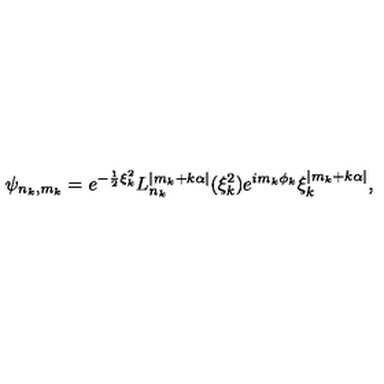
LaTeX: \psi _ { n _ { k } , m _ { k } } = e ^ { - \frac { 1 } { 2 } \xi _ { k } ^ { 2 } } L _ { n _ { k } } ^ { | m _ { k } + k \alpha | } ( \xi _ { k } ^ { 2 } ) e ^ { i m _ { k } \phi _ { k } } \xi _ { k } ^ { | m _ { k } + k \alpha | } ,